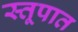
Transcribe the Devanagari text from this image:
स्तूपात